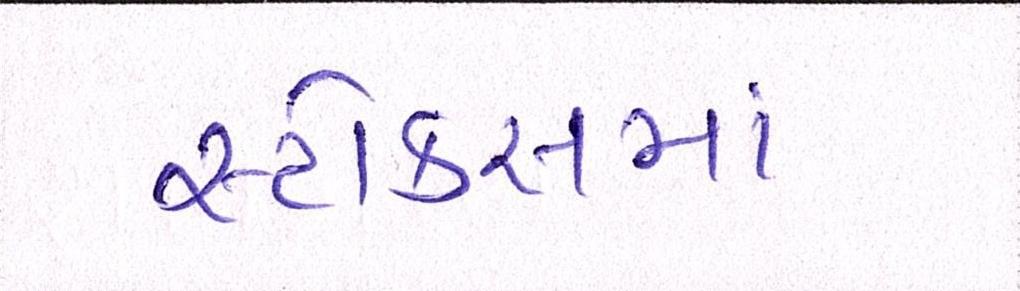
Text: સ્ટોક્સમાં